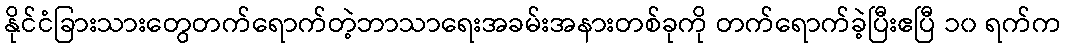
နိုင်ငံခြားသားတွေတက်ရောက်တဲ့ဘာသာရေးအခမ်းအနားတစ်ခုကို တက်ရောက်ခဲ့ပြီးဧပြီ ၁၀ ရက်က